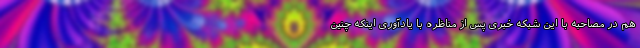
هم در مصاحبه با این شبکه خبری پس از مناظره با یادآوری اینکه چنین